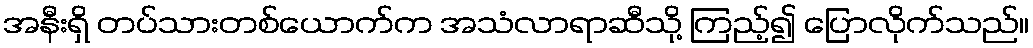
အနီးရှိ တပ်သားတစ်ယောက်က အသံလာရာဆီသို့ ကြည့်၍ ပြောလိုက်သည်။